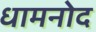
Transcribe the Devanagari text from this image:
धामनोद